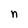
Character: n